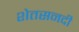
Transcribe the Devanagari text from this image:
शेतसनदी